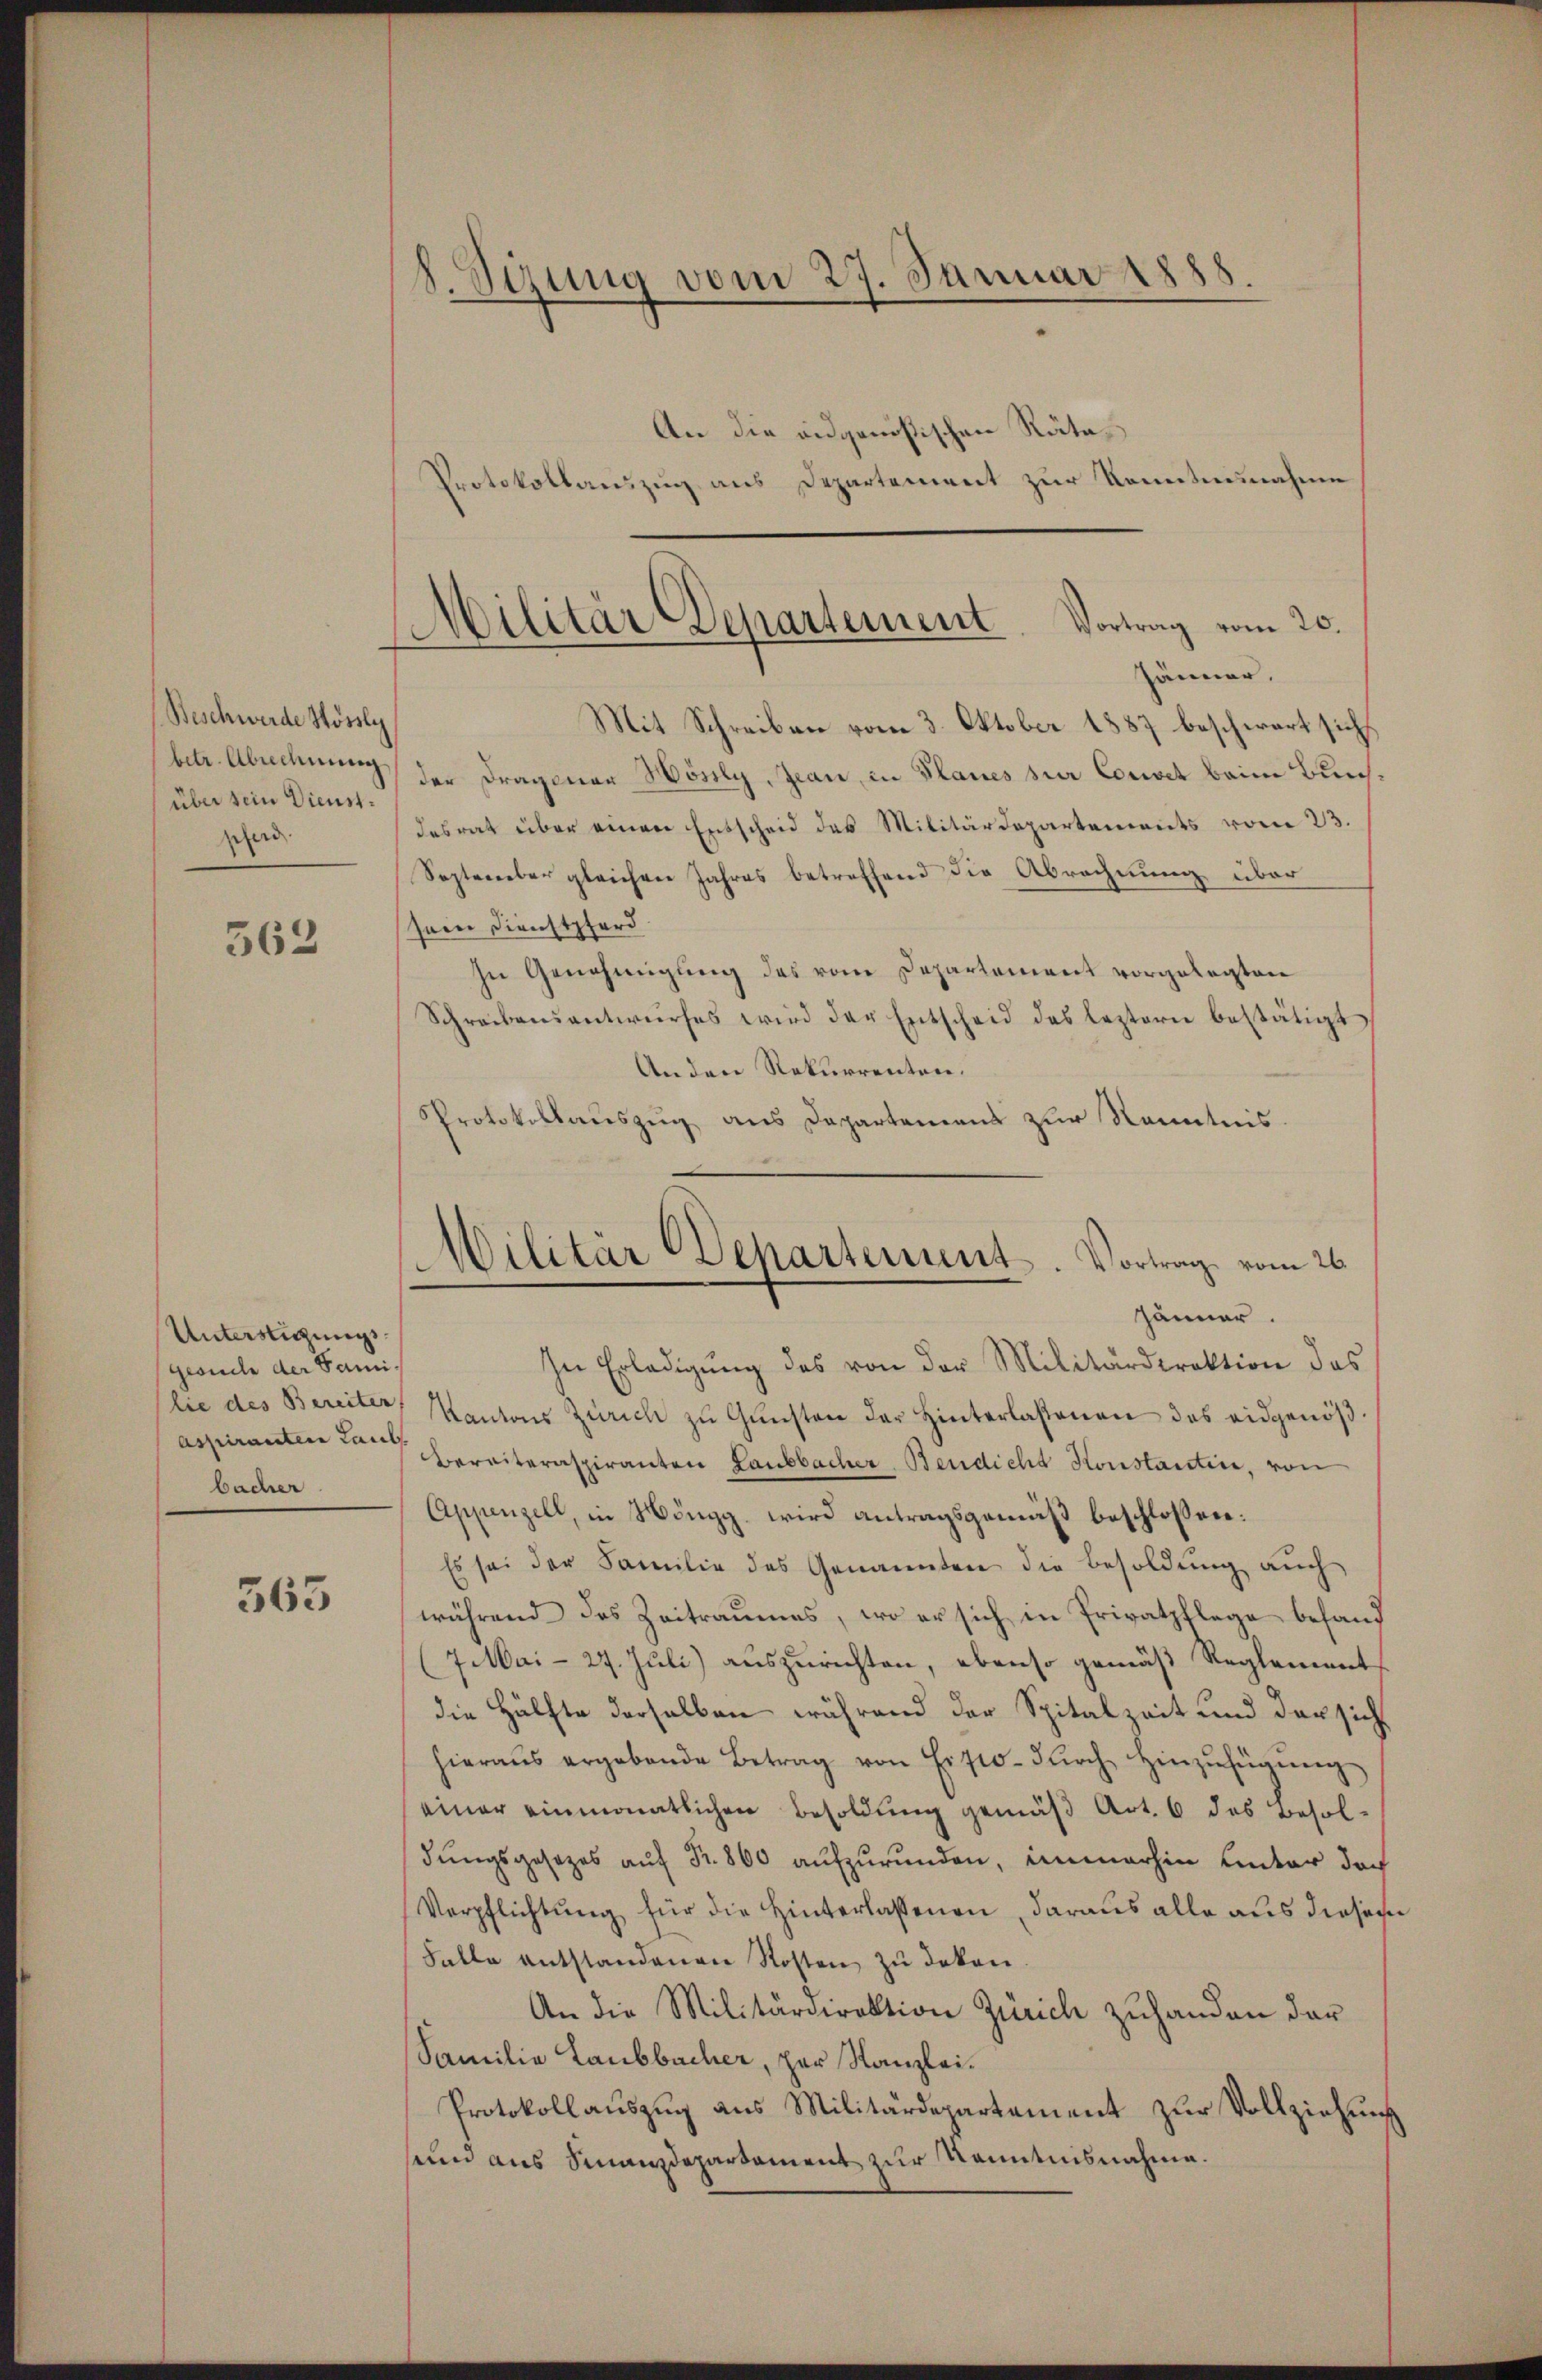
Beschwerde Hössly
betr. Abrechnung
über sein Dienstpferd

562

Unterstigung
geoude der Sani¬
(lie des Bereiten
Aspiranten Laub
bacher

363

8. Sizung vom 27. Januar 1888.
An die eidgenößischen Räta¬
Protokollauszug aus Departement zur Kenntnisnahme

Militär Departement. Vortrag vom 20.
Jänner.

.
Wilitär Departement. Vortrag vom 26.
Jänner.

Mit Schreiben vom 3. Oktober 1887 beschwart sich
der Fragener Hösly, Jean, in Planes zur Const beim Bunsdesrat über einer Entscheid des Militärdepartements vom 23.
September gleichen Jahres betreffend die Abrechnung über
sein Dienstpferd
In Genehmigung des vom Departement vorgelegten
Schreibensantwurfes wird der Entscheid des leztern bestätigt
An den Rekurrenten.
Protokollauszug aus Departement zur Kenntnis
In Erledigŭng des von der Militärdirektion das
Kantons Zürich zŭ Gŭnsten der Hinterlassenen des eidgenöß¬
Bereiteraspiranten Laubbacher Bendicht Konstantice, von
Appenzell, in Höngg wird antragsgemäß beschlossen:
Es sei der Familie des Genannten die Besoldung auch
während das Zeitraumes, wo er sich in Privatpflege befand
(7 Mai- 27. Juli) auszurichten, ebenso gemäß Reglements
die Hälfte derselben während der Spitalzeit und der sich
hieraŭs ergebende Betrag von Eifto- dŭrch hinzŭfügŭng
einer einmonatlichen Besoldung gemäβ Art. 6 des Besoldungsgesezes auf Fr. 800 aufzurunden, immerhin unter der
Verpflichtŭng für die Hinterlassenen, daraus alle aus dieser
Falle entstandenen Kosten zŭ deken.
An die Militärdirektion Zürich zuhanden der
Familie Laubbacher, zur Kanzlei¬
Protokollauszug aus Militärdepartement zur Vollziehung
sund aus Finanzdepartement zur Kenntnisnahme.